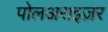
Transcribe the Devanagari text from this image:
पोलअराइज़र